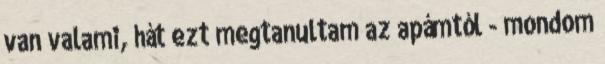
van valami, hát ezt megtanultam az apámtól - mondom